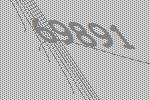
69891